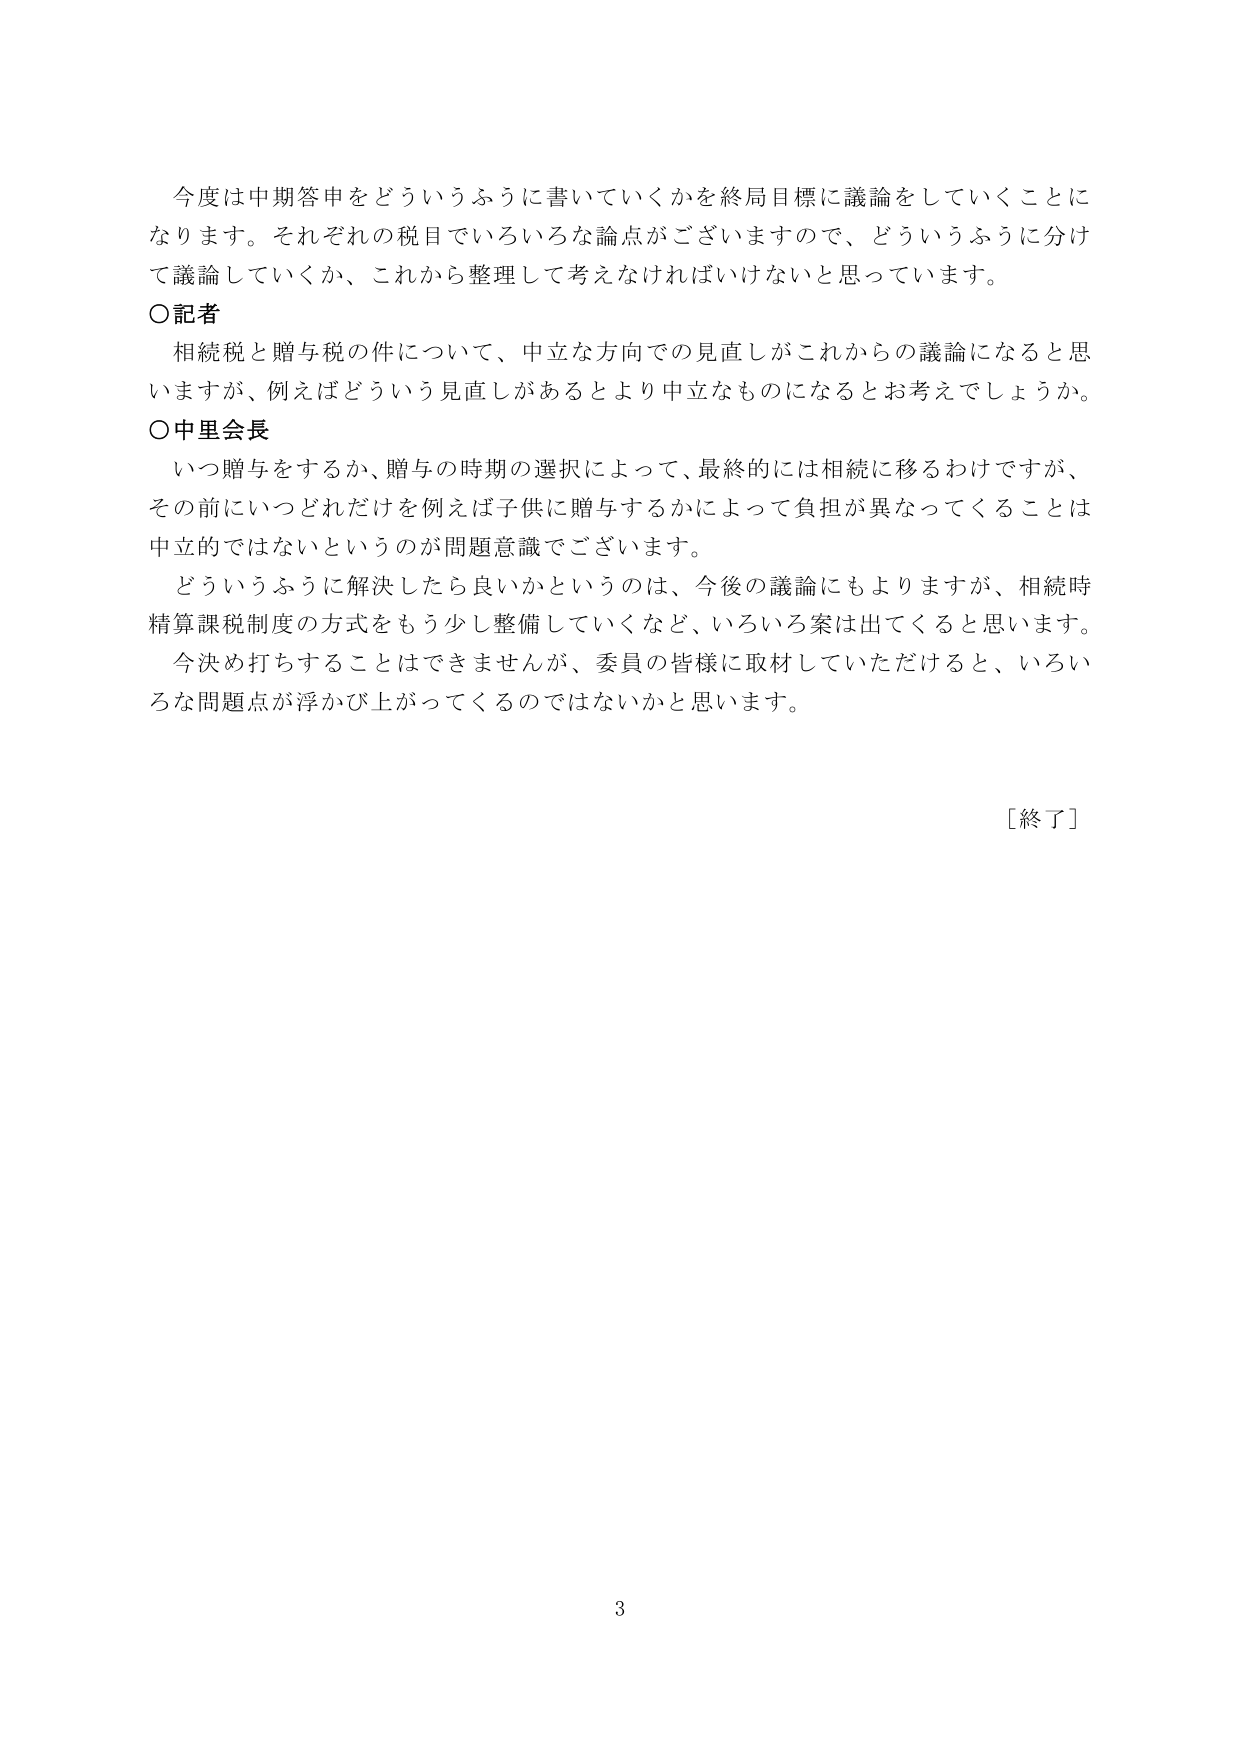
今度は中期答申をどういうふうに書いていくかを終局目標に議論をしていくことになります。それぞれの税目でいろいろな論点がございますので、どういうふうに分けて議論していくか、これから整理して考えなければいけないと思っています。

〇記者
相続税と贈与税の件について、中立な方向での見直しがこれからの議論になると思いますが、例えばどういう見直しがあるとより中立なものになると考えでしょうか。

〇中里会長
いつ贈与をするか、贈与の時期の選択によって、最終的には相続に移るわけですが、その前にいつどれだけを例えば子供に贈与するかによって負担が異なってくることは中立的ではないというのが問題意識でございます。
どういうふうに解決したら良いかというのは、今後の議論にもよりますが、相続時精算課税制度の方式をもう少し整備していくなど、いろいろ案は出てくると思います。
今決め打ちすることはできませんが、委員の皆様に取材していただけると、いろいろな問題点が浮かび上がってくるのではないかと思います。

［終了］

3